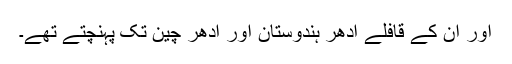
اور ان کے قافلے ادھر ہندوستان اور ادھر چین تک پہنچتے تھے۔